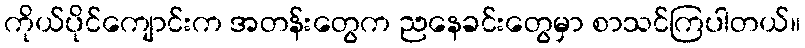
ကိုယ်ပိုင်ကျောင်းက အတန်းတွေက ညနေခင်းတွေမှာ စာသင်ကြပါတယ်။